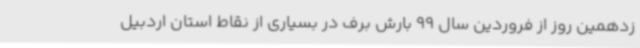
زدهمین روز از فروردین سال 99 بارش برف در بسیاری از نقاط استان اردبیل